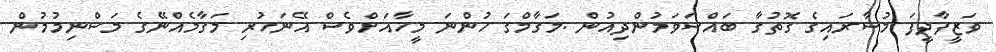
ވަޒީފާދީފަ މުސާރައިގެ ގޮތުގާ ބައްސަވަމުންދިއުން .މަގާމްގަ ހުންނަ މީހާއަށްވެސް އޭނަހުރި މަގާމެއްނޭގެ މަސްނިމުމުން